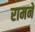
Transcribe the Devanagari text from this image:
रामने